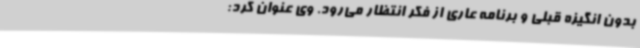
بدون انگیزه قبلی و برنامه عاری از فکر انتظار می‌رود. وی عنوان کرد: